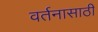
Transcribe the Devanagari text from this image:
वर्तनासाठी